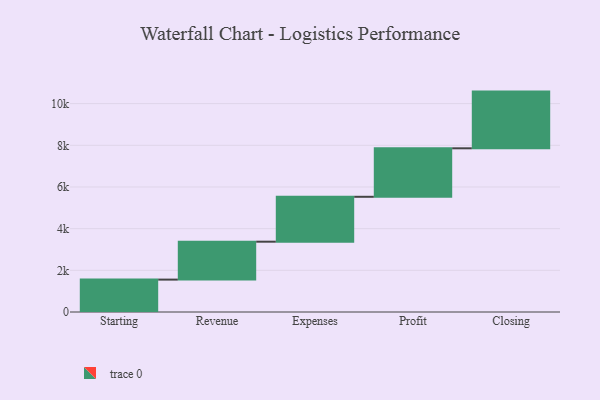
{"axis": {"x": "Step", "y": "Value"}, "legend": [""], "data": [{"x": "Starting", "y": 1555.0, "type": ""}, {"x": "Revenue", "y": 1819.0, "type": ""}, {"x": "Expenses", "y": 2155.0, "type": ""}, {"x": "Profit", "y": 2327.0, "type": ""}, {"x": "Closing", "y": 2721.0, "type": ""}]}